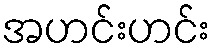
အဟင်းဟင်း